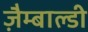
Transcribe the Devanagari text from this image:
ज़ैम्बाल्डी